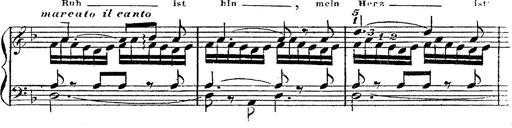
Title: 12 Lieder von Franz Schubert
Composer: Franz Liszt